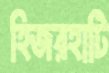
হিজরহাটি